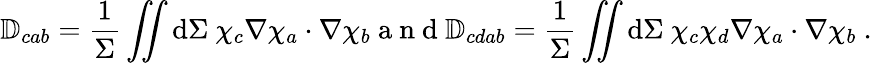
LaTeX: \mathbb{D}_{cab}=\frac{1}{\Sigma}\iint\mathrm{d}\Sigma~\chi_{c}\nabla\chi_{a}\cdot\nabla\chi_{b}\mathrm{~a~n~d~}\mathbb{D}_{cdab}=\frac{1}{\Sigma}\iint\mathrm{d}\Sigma~\chi_{c}\chi_{d}\nabla\chi_{a}\cdot\nabla\chi_{b}~.